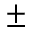
\pm